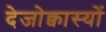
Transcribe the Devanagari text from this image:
देजोक्वास्यों